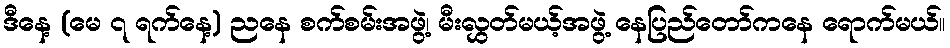
ဒီနေ့ (မေ ၇ ရက်နေ့) ညနေ စက်စမ်းအဖွဲ့၊ မီးလွှတ်မယ့်အဖွဲ့ နေပြည်တော်ကနေ ရောက်မယ်။